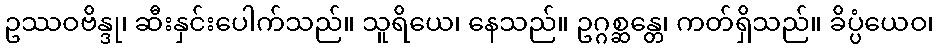
ဥဿဝဗိန္ဒု၊ ဆီးနှင်းပေါက်သည်။ သူရိယေ၊ နေသည်။ ဥဂ္ဂစ္ဆန္တေ၊ ကတ်ရှိသည်။ ခိပ္ပံယေဝ၊